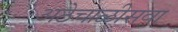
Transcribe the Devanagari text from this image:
अठेचाळीसवा